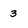
Character: 3